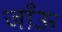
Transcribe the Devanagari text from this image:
जाँऊ